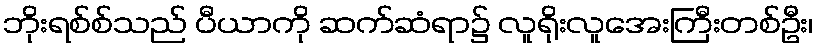
ဘိုးရစ်စ်သည် ပီယာကို ဆက်ဆံရာ၌ လူရိုးလူအေးကြီးတစ်ဦး၊